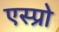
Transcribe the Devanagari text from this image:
एस्प्रो